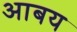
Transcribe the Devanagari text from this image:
आबय